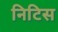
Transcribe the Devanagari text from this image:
निटिस